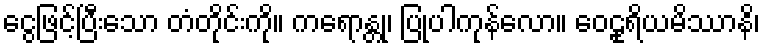
ငွေဖြင့်ပြီးသော တံတိုင်းကို။ ကရောန္တု၊ ပြုပါကုန်လော။ ဝေဠုရိယမိဿာနိ၊